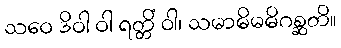
သဝေ ဒိဝါ ဝါ ရတ္တိံ ဝါ၊ သမာဓိမဓိဂစ္ဆတိ။